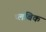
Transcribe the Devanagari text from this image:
प्लंबिक